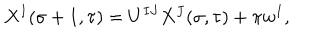
LaTeX: X ^ { I } ( \sigma + 1 , \tau ) = U ^ { I J } X ^ { J } ( \sigma , \tau ) + \pi w ^ { I } ,